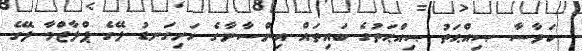
ކަވާސާ ޞިއްޙަތު ޞިއްޙަތުގެ ބައިތައް އިންސާނާގެ ހަށިގަނޑު ލޭގެ ޕްލާޒްމާ ލޭގެ